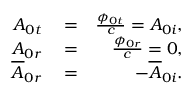
\begin{array} { r l r } { A _ { 0 t } } & { { } = } & { \frac { \phi _ { 0 t } } { c } = A _ { 0 i } , } \\ { A _ { 0 r } } & { { } = } & { \frac { \phi _ { 0 r } } { c } = 0 , } \\ { \overline { { A } } _ { 0 r } } & { { } = } & { - \overline { { A } } _ { 0 i } . } \end{array}